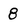
Character: 8